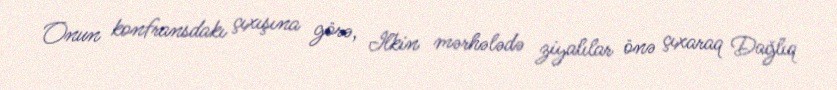
Onun konfransdakı çıxışına görə, Ilkin mərhələdə ziyalılar önə çıxaraq Dağlıq